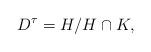
LaTeX: \begin{align*} D^\tau = H/H\cap K,\end{align*}